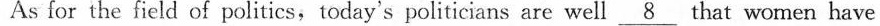
As for the field of politics, today's politicians are well \underline{8}that women have